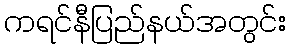
ကရင်နီပြည်နယ်အတွင်း